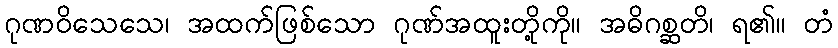
ဂုဏဝိသေသေ၊ အထက်ဖြစ်သော ဂုဏ်အထူးတို့ကို။ အဓိဂစ္ဆတိ၊ ရ၏။ တံ